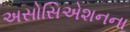
અસોસિએશનના